Annual administration report of the Civil Veterinary Department of India - 1902-1903
Year: 1902
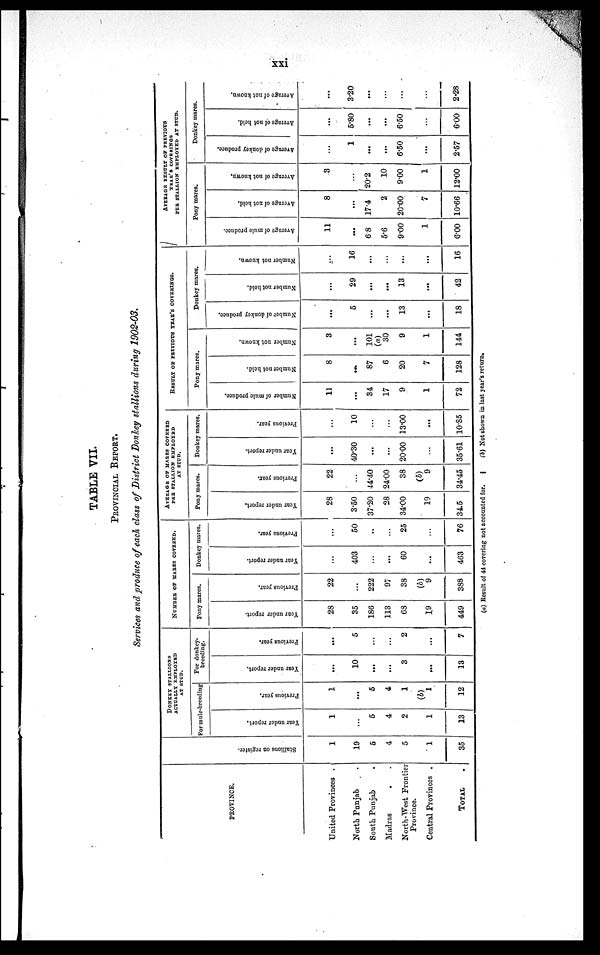
xxi
TABLE VII.
PROVINCIAL REPORT.
Services and produce of each class of District Donkey stallions during 1902-03.
PROVINCE.
United Provinces .
North Punjab .
South Punjab .
Madras . .
North-West Frontier
Province.
Central Provinces .
TOTAL .
Stallions on register.
1
19
5
4
5
1
35
DONKEY STALLIONS
ACTUALLY EMPLOYED
AT STUD.
For mule-breeding
Year under report,
1
......
5
4
2
1
13
Previous year.
1
...
5
4
1
(b)
1
12
For donkey-
breeding.
Year under report.
...
10
...
...
3
...
13
Previous year.
...
5
...
...
2
...
7
NUMBER OF MARES COVERED.
Pony mares.
Year under report.
28
35
186
113
68
19
449
Previous year.
22
...
222
97
38
(b)
9
388
Donkey mares.
Year under report.
...
403
...
...
60
...
463
Previous year.
...
50
...
...
25
...
76
AVERAGE OF MARES COVERED
PER STALLION EMPLOYED
AT STUD.
Pony mares.
Year under report.
28
3.50
37.20
28
34.00
19
34.5
Previous year.
22
...
44.40
24.00
38
(b)
9
34.45
Donkey mares.
Year under report.
...
40.30
...
...
20.00
...
35.61
Previous year.
...
10
...
...
13.00
...
10.85
RESULT OF PREVIOUS YEAR'S COVERINGS.
Pony mares.
Number of mule produce.
11
...
34
17
9
1
72
Number not held.
8
...
87
6
20
7
128
Number not known.
3
...
101
(a)
30
9
1
144
Donkey mares.
Number of donkey produce.
...
5
...
...
13
...
18
Number not held.
...
29
...
...
13
...
42
Number not known.
...
16
...
...
...
...
16
AVERAGE RESULT OF PREVIOUS
YEAR'S COVERINGS
PER STALLION EMPLOYED AT STUD.
Pony mares.
Average of mule produce.
11
...
6.8
5.6
9.00
1
6.00
Average of not held.
8
...
17.4
2
20.00
7
10.66
Average of not known.
3
...
20.2
10
9.00
1
12.00
Donkey mares.
Average of donkey produce.
...
1
...
...
6.50
...
2.57
Average of not held.
...
5.80
...
...
6.50
...
6.00
Average of not known,
...
3.20
...
...
...
...
2.28
(a) Result of 44 covering not accounted for.
(b) Not shown in last year's return.